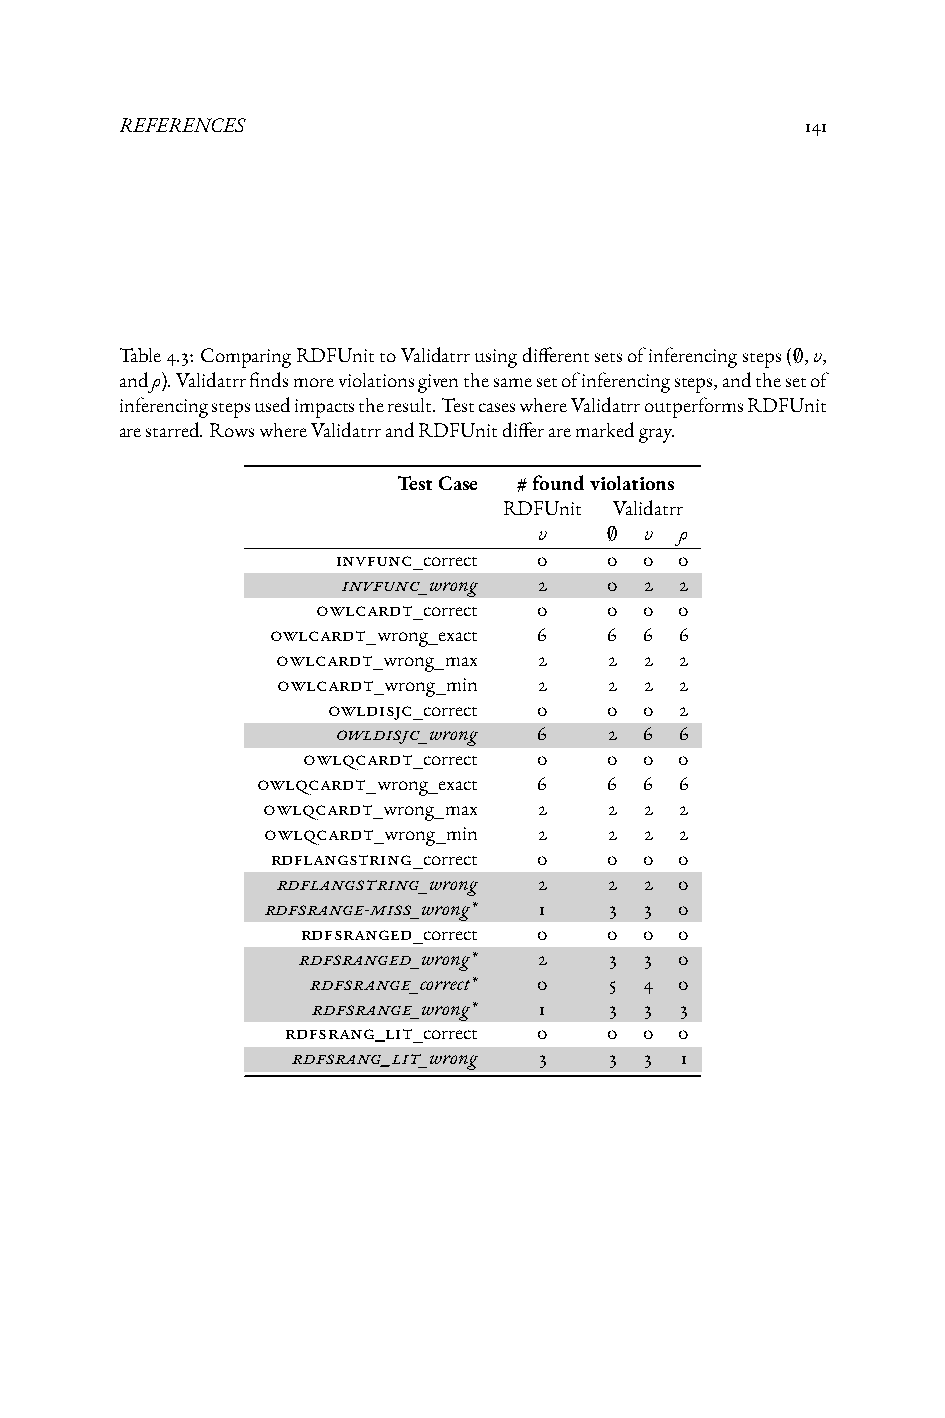
REFERENCES                                   141
 Table4.3:ComparingRDFUnittoValidatrrusingdifferentsetsofinferencingsteps(∅,υ,
 andρ).Validatrrfindsmoreviolationsgiventhesamesetofinferencingsteps,andthesetof
 inferencingstepsusedimpactstheresult.TestcaseswhereValidatrroutperformsRDFUnit
 arestarred.RowswhereValidatrrandRDFUnitdifferaremarkedgray.
 TestCase #foundviolations
 RDFUnit Validatrr
 υ   ∅  υ ρ
 invfunc_correct 0 0  0 0
 invfunc_wrong 2  0  2 2
 owlcardt_correct 0 0  0 0
 owlcardt_wrong_exact 6 6 6 6
 owlcardt_wrong_max 2  2  2 2
 owlcardt_wrong_min 2  2  2 2
 owldisjc_correct 0 0 0 2
 owldisjc_wrong 6  2  6 6
 owlqcardt_correct 0 0  0 0
 owlqcardt_wrong_exact 6 6 6 6
 owlqcardt_wrong_max 2  2  2 2
 owlqcardt_wrong_min 2  2  2 2
 rdflangstring_correct 0 0 0 0
 rdflangstring_wrong 2 2  2 0
 rdfsrange-miss_wrong* 1 3 3 0
 rdfsranged_correct 0 0 0 0
 rdfsranged_wrong* 2 3  3 0
 rdfsrange_correct* 0 5 4 0
 rdfsrange_wrong* 1 3  3 3
 rdfsrang_lit_correct 0 0 0 0
 rdfsrang_lit_wrong 3 3  3 1